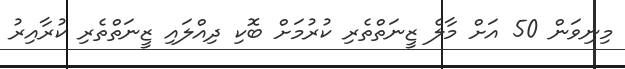
މިނިވަން 50 އަށް މާލެ ޒީނަތްތެރި ކުރުމަށް ބޮކި ދިއްލައި ޒީނަތްތެރި ކުރާއިރު